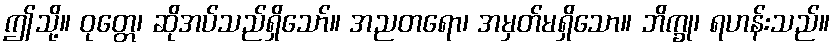
ဤသို့။ ဝုတ္တေ၊ ဆိုအပ်သည်ရှိသော်။ အညတရော၊ အမှတ်မရှိသော။ ဘိက္ခု၊ ရဟန်းသည်။